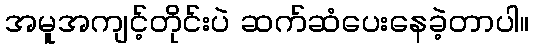
အမူအကျင့်တိုင်းပဲ ဆက်ဆံပေးနေခဲ့တာပါ။